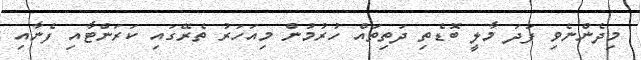
މިދެންނެވި ފަދަ މާލީ ބޮޑެތި ދަތިތައް ހުރުމުން މިއަހަރު ތެރޭގައި ކަރަންޓާއި ފެނާއި